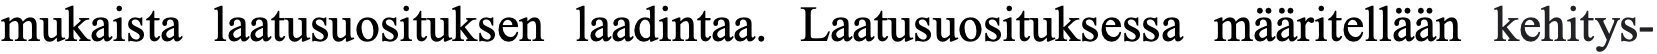
mukaista laatusuosituksen laadintaa. Laatusuosituksessa määritellään kehitys-